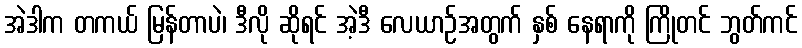
အဲဒါက တကယ် မြန်တာပဲ၊ ဒီလို ဆိုရင် အဲ့ဒီ လေယာဉ်အတွက် နှစ် နေရာကို ကြိုတင် ဘွတ်ကင်